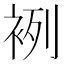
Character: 𧙷